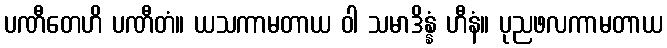
ပဏီတေဟိ ပဏီတံ။ ယသကာမတာယ ဝါ သမာဒိန္နံ ဟီနံ။ ပုညဖလကာမတာယ